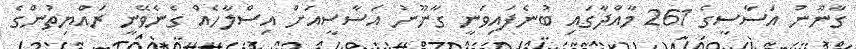
ގާނޫނު އަސާސީގެ 261 މާއްދާގައި ބުނެފައިވަނީ ގާނޫނު އަސާސީއަށް އިސްލާހެއް ގެނެވޭނީ ރައްޔިތުންގެ